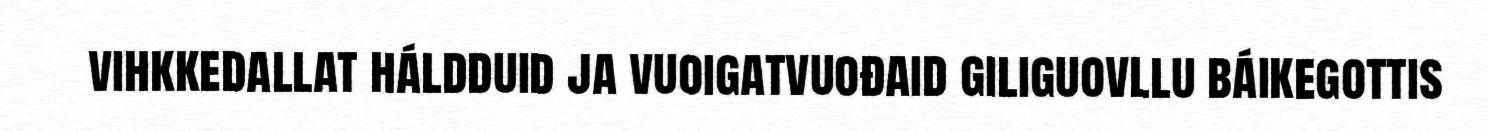
vihkkedallat háldduid ja vuoigatvuođaid giliguovllu báikegottis